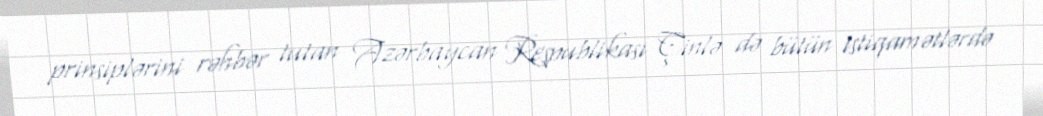
prinsiplərini rəhbər tutan Azərbaycan Respublikası Çinlə də bütün istiqamətlərdə